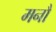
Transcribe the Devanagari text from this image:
मनौ